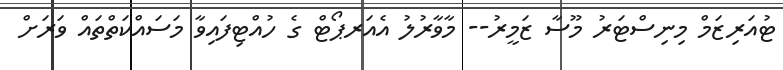
ޓުއަރިޒަމް މިނިސްޓަރު މޫސާ ޒަމީރު-- މާވާރުލު އެއަރޕޯޓް ގެ ހުއްޓިފައިވާ މަސައްކަތްތައް ވަރަށް